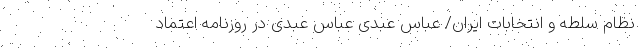
نظام سلطه و انتخابات ایران/ عباس عبدی عباس عبدی در روزنامه اعتماد